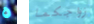
ه زواجكما